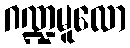
ဂဏ္ဍမူလော